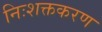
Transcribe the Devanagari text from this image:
निःशक्तकरण